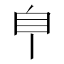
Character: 𦣺